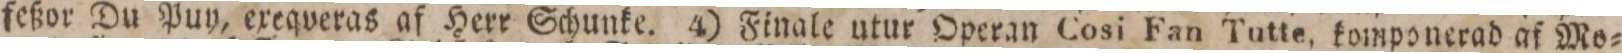
feßor Du Puy, exeqveras af Herr Schunke. 4) Finale utur Operan Cosi Fan Tutte, komponerad af Mo=